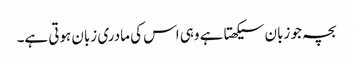
بچہ جو زبان سیکھتا ہے وہی اس کی مادری زبان ہوتی ہے۔